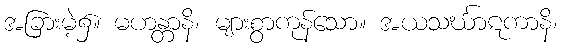
အခြားမဲ့၌။ မဟန္တာနိ၊ များစွာကုန်သော။ အယသင်္ဃာဋကာနိ၊